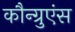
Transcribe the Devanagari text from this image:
कौन्ग्रुएंस